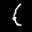
Label: 1